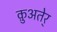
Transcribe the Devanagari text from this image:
क़ुअतेर्